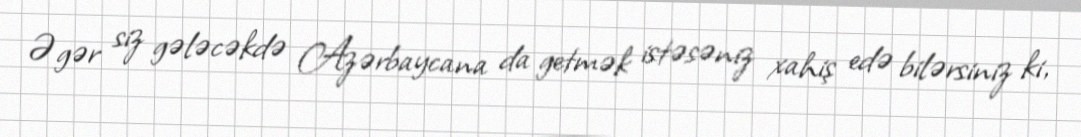
Əgər siz gələcəkdə Azərbaycana da getmək istəsəniz xahiş edə bilərsiniz ki,